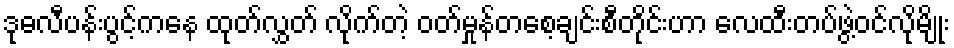
ဒုဓလီပန်းပွင့်ကနေ ထုတ်လွှတ် လိုက်တဲ့ ဝတ်မှုန်တစေ့ချင်းစီတိုင်းဟာ လေထီးတပ်ဖွဲ့ဝင်လိုမျိုး